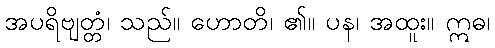
အပရိဗျတ္တံ၊ သည်။ ဟောတိ၊ ၏။ ပန၊ အထူး။ ဣဓ၊